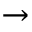
\rightarrow